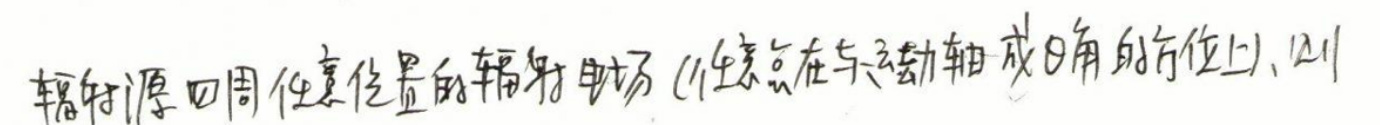
辐射源四周任意位置的辐射电场（任意点在与运动轴成$\theta$角的方位上），则